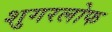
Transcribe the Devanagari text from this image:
शुगरलोफ